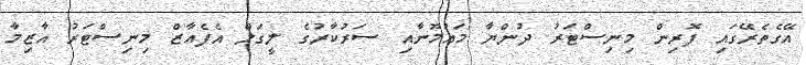
އޭގެތެރޭގައި ފޮރިން މިނިސްޓަރު ދުންޔާ މައުމޫނާއި ސަރުކާރުގެ ލީގަލް އެފެއާޒް މިނިސްޓަރު އާޒިމާ